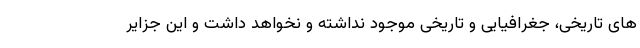
های تاریخی، جغرافیایی و تاریخی موجود نداشته و نخواهد داشت و این جزایر